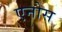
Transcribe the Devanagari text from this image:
एनोस